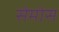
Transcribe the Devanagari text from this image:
सेमोस